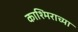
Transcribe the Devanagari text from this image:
काश्मिराच्या